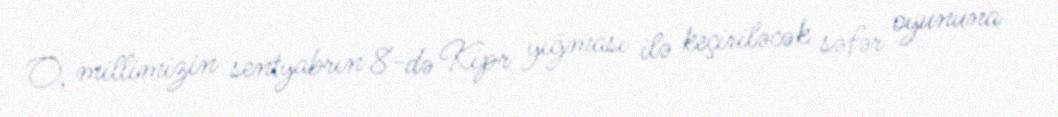
O, millimizin sentyabrın 8-də Kipr yığması ilə keçiriləcək səfər oyununa